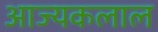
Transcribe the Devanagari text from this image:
आज्यकलाल